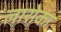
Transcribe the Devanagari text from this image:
लारोका